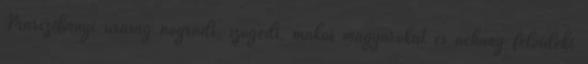
Marczibányi uraság nógrádi, szögedi, makói magyarokat és néhány felvidéki